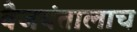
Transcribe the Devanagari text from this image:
वैजयंतालाच